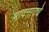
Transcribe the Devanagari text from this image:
भावनाट्ये